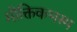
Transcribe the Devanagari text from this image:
मौक्तिकभस्म